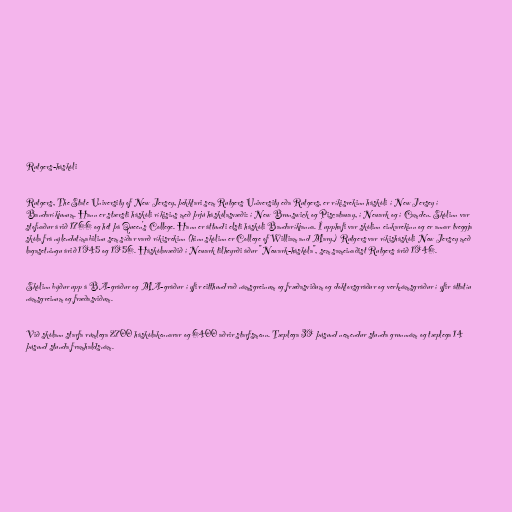
Rutgers-háskóli

Rutgers, The State University of New Jersey, þekktari sem Rutgers University eða Rutgers, er ríkisrekinn háskóli í New Jersey í
Bandaríkjunum. Hann er stærsti háskóli ríkisins með þrjú háskólasvæði: í New Brunswick og Piscataway, í Newark og í Camden. Skólinn var
stofnaður árið 1766 og hét þá Queen's College. Hann er áttundi elsti háskóli Bandaríkjanna. Í upphafi var skólinn einkarekinn og er annar tveggja
skóla frá nýlendutímabilinu sem síðar varð ríkisrekinn (hinn skólinn er College of William and Mary.) Rutgers var ríkisháskóli New Jersey með
lagasetningu árið 1945 og 1956. Háskólavæðið í Newark tilheyrði áður "Newark-háskóla", sem sameinaðist Rutgers árið 1946.

Skólinn býður upp á BA-gráður og MA-gráður í yfir eitthundrað námsgreinum og fræðasviðum og doktorsgráður og verknámsgráður í yfir áttatíu
námsgreinum og fræðasviðum.

Við skólann starfa rúmlega 2700 háskólakennarar og 6400 aðrir starfsmenn. Tæplega 39 þúsund nemendur stunda grunnnám og tæplega 14
þúsund stunda framhaldsnám.